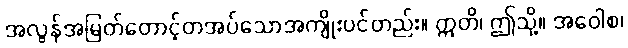
အလွန်အမြတ်တောင့်တအပ်သောအကျိုးပင်တည်း။ ဣတိ၊ ဤသို့။ အဝေါစ၊